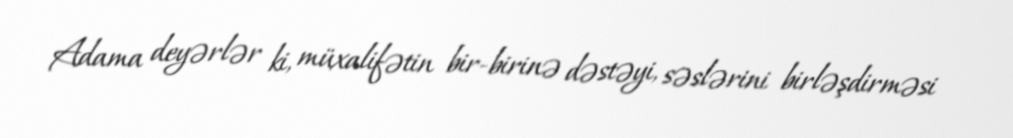
Adama deyərlər ki, müxalifətin bir-birinə dəstəyi, səslərini birləşdirməsi